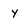
Character: Y